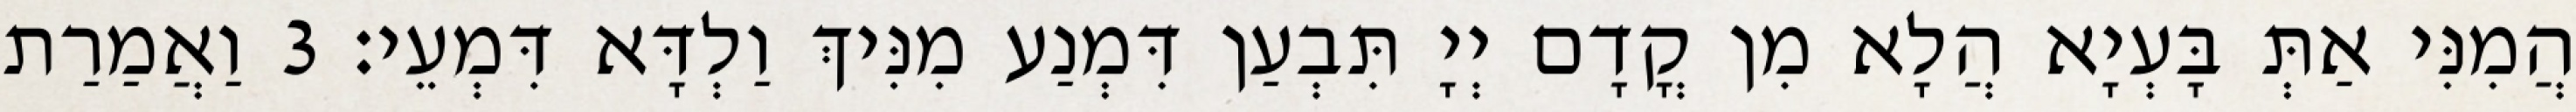
הֲמִנִּי אַתְּ בָּעְיָא הֲלָא מִן קֳדָם יְיָ תִּבְעַן דִּמְנַע מִנִּיךְ וַלְדָּא דִּמְעֵי׃ 3 וַאֲמַרַת